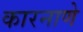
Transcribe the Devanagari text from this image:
कारनाणे